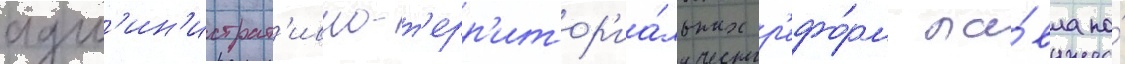
адм'ин'истрат'ивно-т'ерр'итор'иа́льных р'ефо́рм па́вла по́